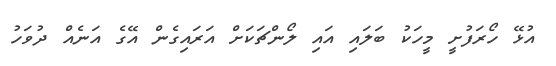
އުޅޭ ހޯރަފުށީ މީހަކު ބަލައި އައި ލޯންޗަކަށް އަރައިގެން އޭގެ އަނެއް ދުވަހު